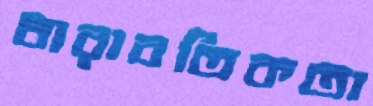
ধারাবতিকতা